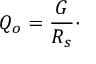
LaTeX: Q _ { o } = { \frac { G } { R _ { s } } } \cdot